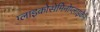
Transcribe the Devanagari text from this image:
ग्लाइकोसेमिनोग्लाइकैन